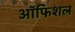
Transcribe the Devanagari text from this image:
ऑफिशल